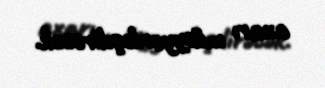
axarı müəyyənləşdirəcək.